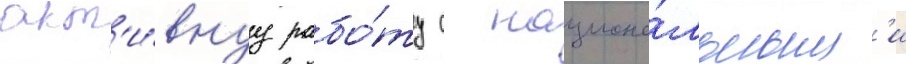
акт'и́внуу рабо́ту с национа́льным'и